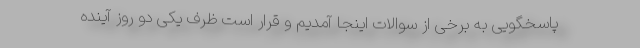
پاسخگویی به برخی از سوالات اینجا آمدیم و قرار است ظرف یکی دو روز آینده